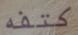
كتفه